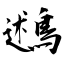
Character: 鶐